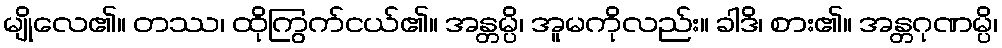
မျိုလေ၏။ တဿ၊ ထိုကြွက်ငယ်၏။ အန္တမ္ပိ၊ အူမကိုလည်း။ ခါဒိ၊ စား၏။ အန္တဂုဏမ္ပိ၊